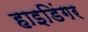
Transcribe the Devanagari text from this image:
हाइडिंगर